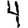
Digit: 4